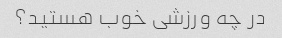
در چه ورزشی خوب هستید؟